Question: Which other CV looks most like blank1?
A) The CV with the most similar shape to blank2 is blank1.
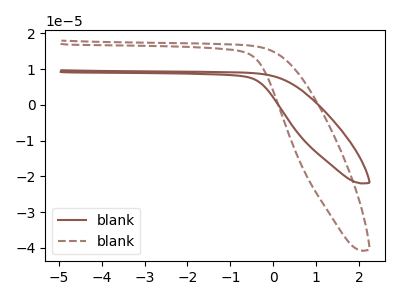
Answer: <think>The brown curve "blank1" has no peaks. The brown dashed curve "blank2" has no peaks.
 Neither "blank1" or "blank2" have any peaks.</think>
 <answer>A) The CV with the most similar shape to "blank2" is "blank1".</answer>
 <eval>A</eval>